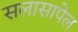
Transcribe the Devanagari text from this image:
सलासापेल